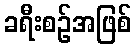
ခရီးစဉ်အဖြစ်